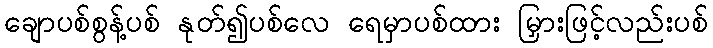
ချောပစ်စွန့်ပစ် နုတ်၍ပစ်လေ ရေမှာပစ်ထား မြှားဖြင့်လည်းပစ်